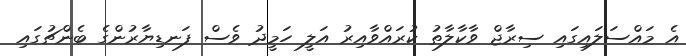
އެ މައްސަލައިގައި ސިރާޖް ވާކާލާތު ކުރައްވާއިރު އަލީ ހަމީދު ވެސް ފަނޑިޔާރުންގެ ބެންޗުގައި